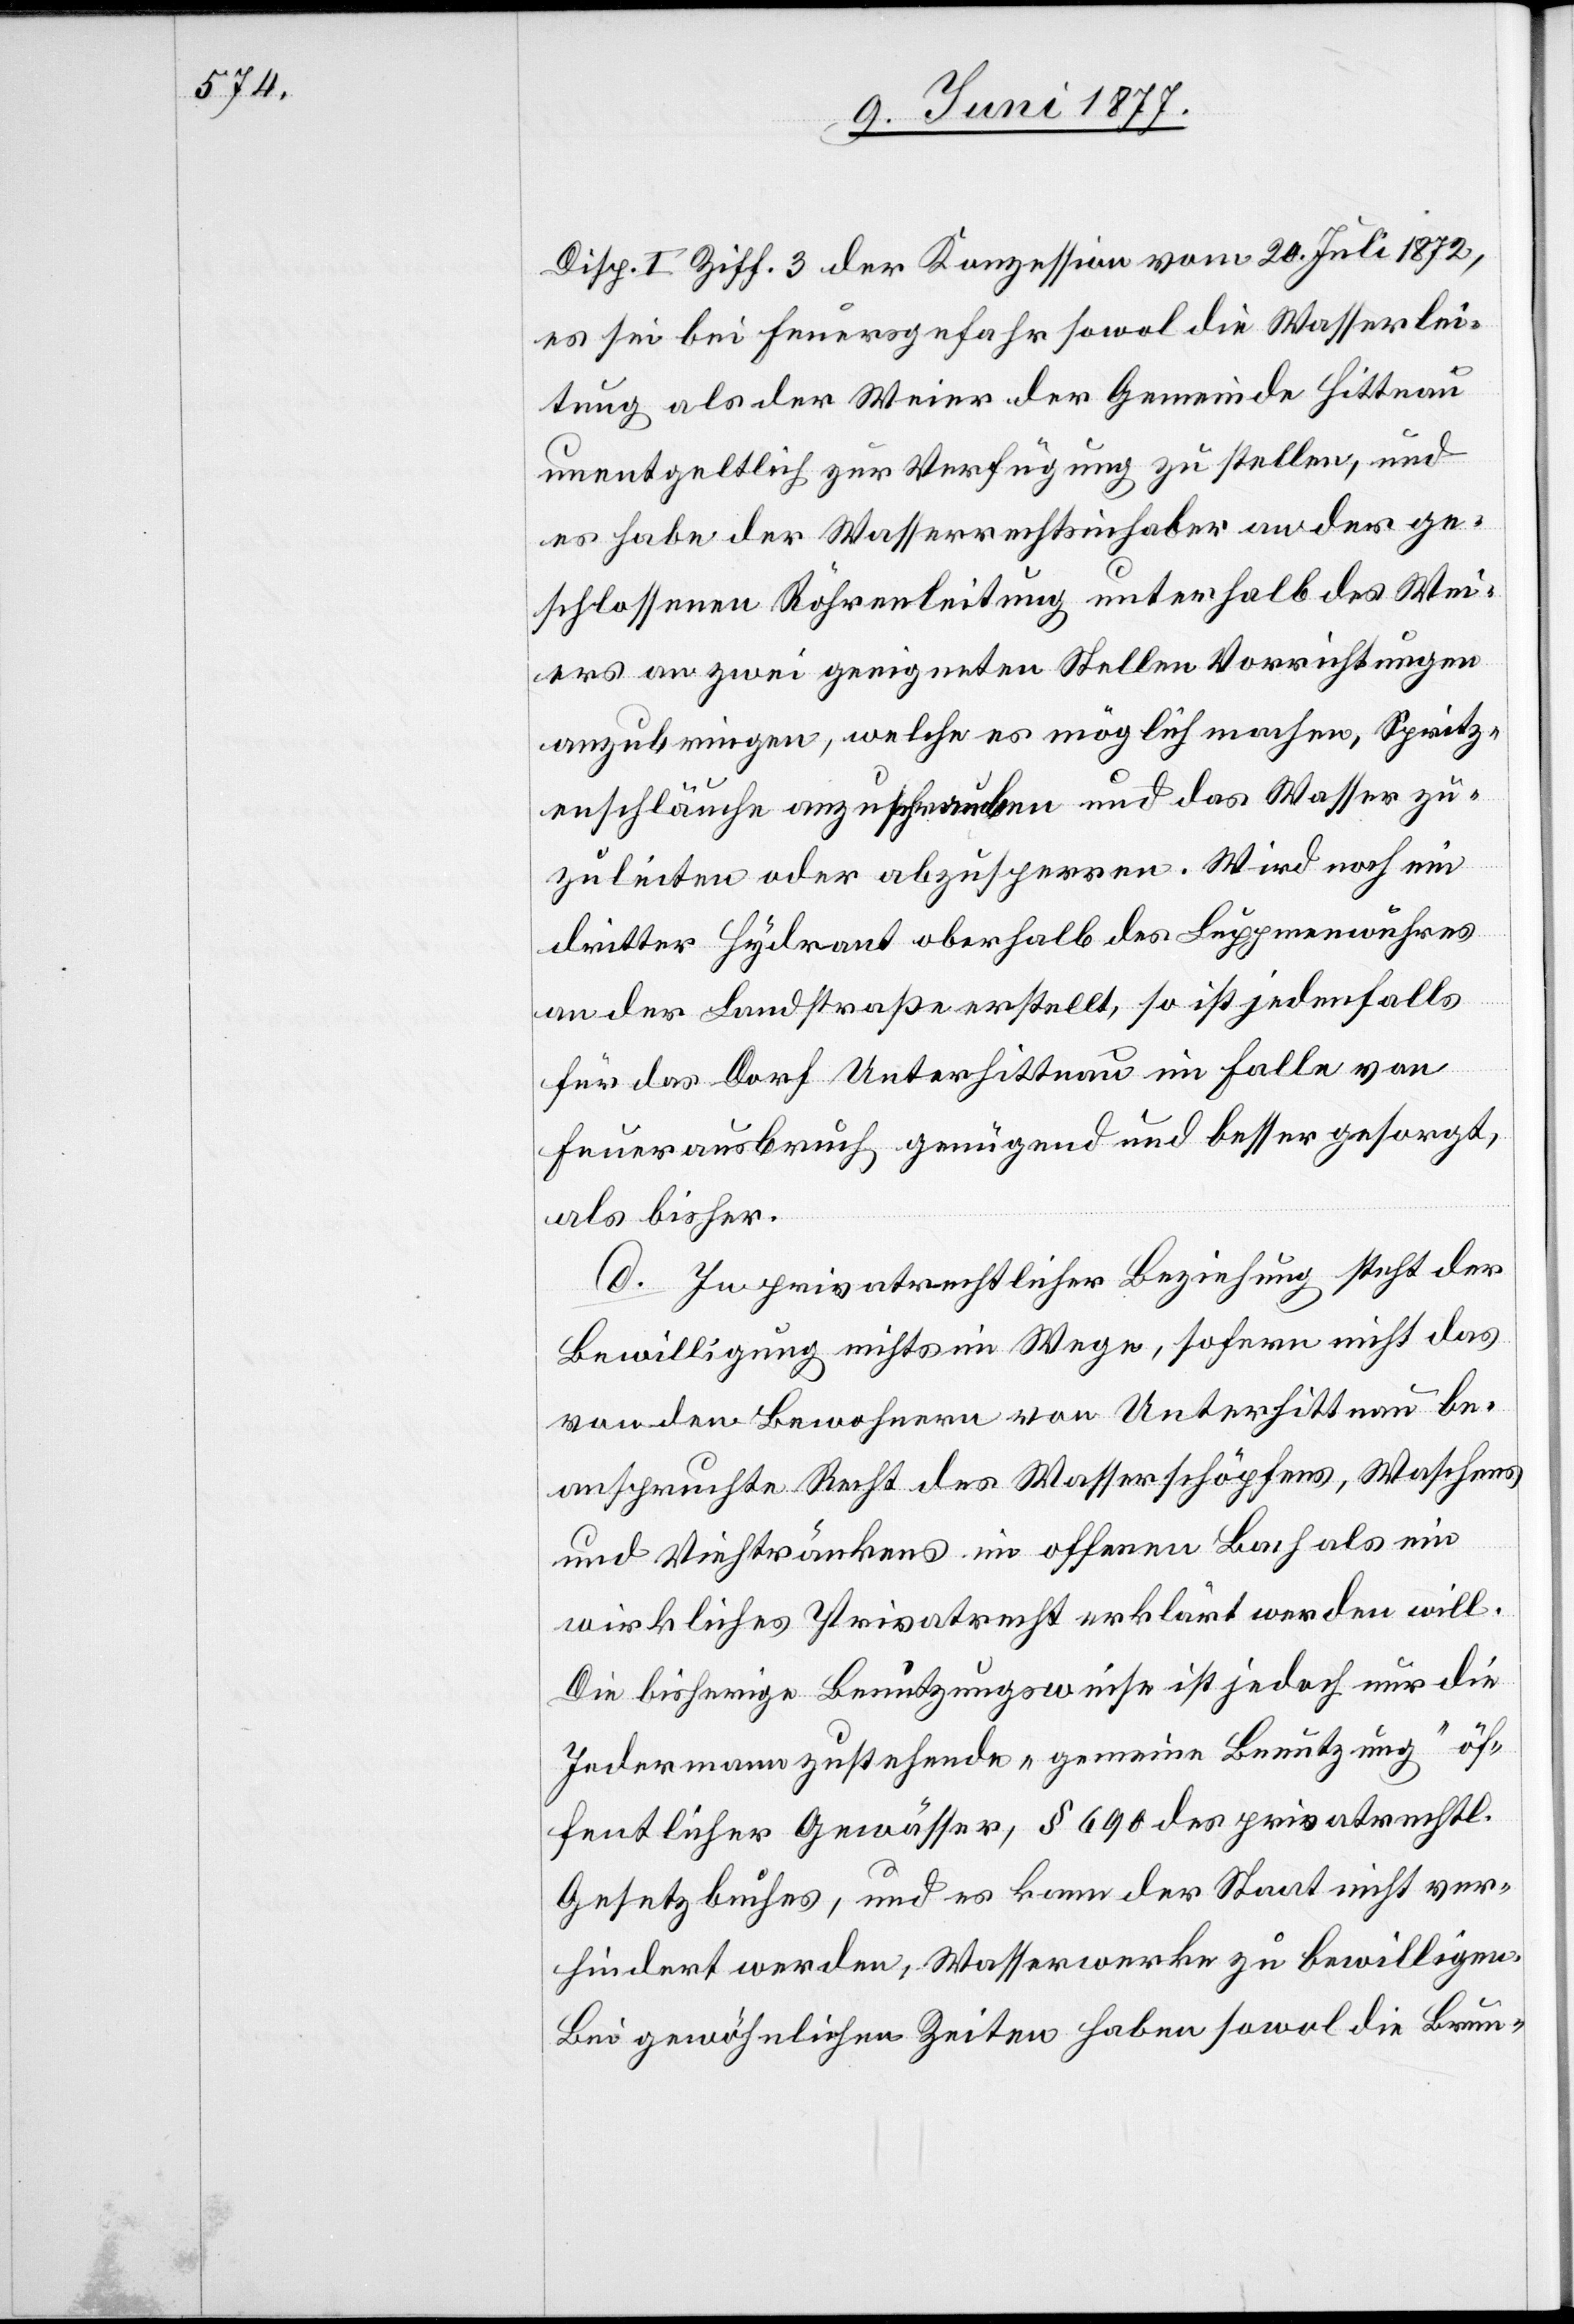
Disp. I. Ziff. 3 der Konzession vom 20. Juli 1872,
es sei bei Feuergefahr sowol die Wasserlei¬
tung als der Weier der Gemeinde Hittnau
unentgeltlich zur Verfügung zu stellen, und
es habe der Wasserrechtsinhaber an der ge¬
schlossenen Röhrenleitung unterhalb des Wei¬
ers an zwei geeigneten Stellen Vorrichtungen
anzubringen, welche es möglich machen, Spritz¬
enschläuche anzuschrauben und das Wasser zu¬
zuleiten oder abzusperren. Wird noch ein
dritter Hydrant oberhalb des Luppmenwuhres
an der Landstraße erstellt, so ist jedenfalls
für das Dorf Unterhittnau im Falle von
Feuerausbruch genügend und besser gesorgt,
als bisher.
d. In privatrechtlicher Beziehung steht der
Bewilligung nichts im Wege, sofern nicht das
von den Bewohnern von Unterhittnau be¬
anspruchte Recht des Wasserschöpfens, Waschens
und Viehtränkens im offenen Bach als ein
wirkliches Privatrecht erklärt werden will.
Die bisherige Benutzungsweise ist jedoch nur die
Jedermann zustehende „gemeine Benutzung“ öf¬
fentlicher Gewässer, § 690 des privatrechtl.
Gesetzbuches, und es kann der Staat nicht ver¬
hindert werden, Wasserwerke zu bewilligen.
Bei gewöhnlichen Zeiten haben sowol die Brun-